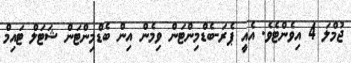
ޖުމްލަ 4 އިވެންޓެވެ. އެއީ ޕެރަ-ބެޑްމިންޓަން ވިމެން އިން ބެޑްމިންޓަން ޝަޓަލް ޓައިމް